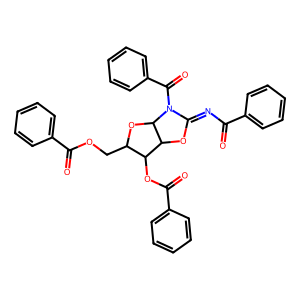
SMILES: O=C(N=C1OC2C(OC(=O)c3ccccc3)C(COC(=O)c3ccccc3)OC2N1C(=O)c1ccccc1)c1ccccc1
Inhibits HIV replication: No